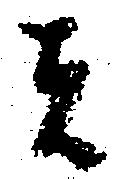
は